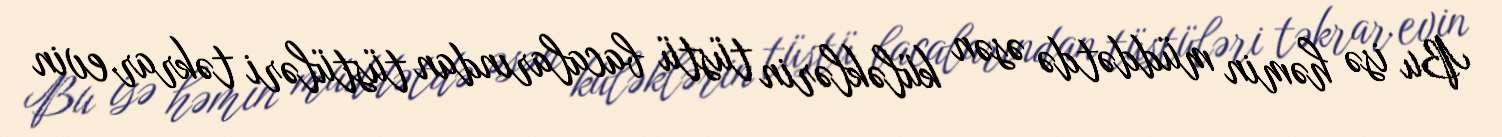
Bu isə həmin müddətdə əsən küləklərin tüstü bacalarından tüstüləri təkrar evin